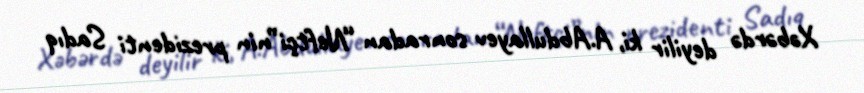
Xəbərdə deyilir ki, A.Abdullayev sonradan “Neftçi”nin prezidenti Sadıq